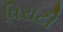
વિરાટી